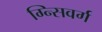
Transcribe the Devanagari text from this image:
ग्न्सिवर्ग